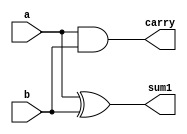
`timescale 1ns / 1ps
//////////////////////////////////////////////////////////////////////////////////
// Company: 
// Engineer: 
// 
// Design Name: 
// Module Name: halfadder
// Project Name: 
// Target Devices: 
// Tool Versions: 
// Description: 
// 
// Dependencies: 
// 
// Revision:
// Revision 0.01 - File Created
// Additional Comments:
// 
//////////////////////////////////////////////////////////////////////////////////


module halfadder(input a,input b,output sum1,output carry);
xor #3 x1(sum1,a,b);
and #1 a1(carry,a,b);

endmodule